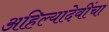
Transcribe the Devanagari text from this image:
अहिल्यादेवींचा